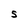
Character: 5